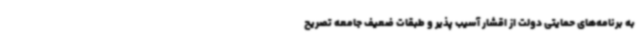
به برنامه‌های حمایتی دولت از اقشار آسیب پذیر و طبقات ضعیف جامعه تصریح